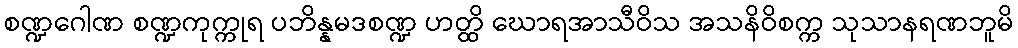
စဏ္ဍဂေါဏ စဏ္ဍကုက္ကုရ ပဘိန္နမဒစဏ္ဍ ဟတ္ထိ ဃောရအာသီဝိသ အသနိဝိစက္က သုသာနရဏဘူမိ